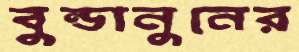
বুন্ডানুনের